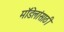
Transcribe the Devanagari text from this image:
मॉडेलांसाठी